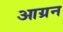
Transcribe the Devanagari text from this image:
आग्रन